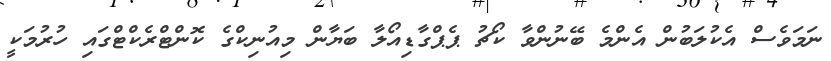
ނަމަވެސް އެކުލަބުން އެންމެ ބޭނުންވާ ކޯޗު ޕެޕްގާޑިއޯލާ ބަޔާން މިއުނިކްގެ ކޮންޓްރެކްޓްގައި ހުރުމަކީ